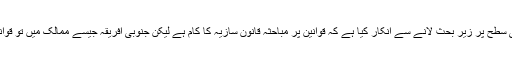
اُنہوں نے کہا کہ وزیرِ خزانہ نے یہ کہکر جی ایس ٹی کو عوامی سطح پر زیرِ بحث لانے سے انکار کیا ہے کہ قوانین پر مباحثہ قانون سازیہ کا کام ہے لیکن جنوبی افریقہ جیسے ممالک میں تو قوانین بنانے کے لئے دیہی سطح پر بھی مباحثے کرائے جاتے ہیں۔